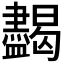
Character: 𥃞